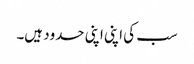
سب کی اپنی اپنی حدود ہیں۔